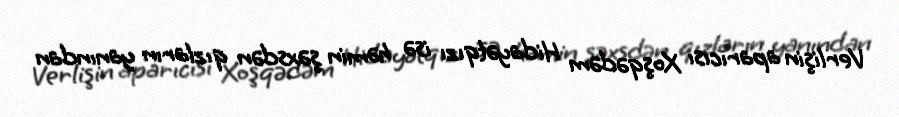
Verlişin aparıcısı Xoşqədəm Hidayətqızı isə həmin şəxsdən qızların yanından